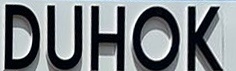
DUHOK